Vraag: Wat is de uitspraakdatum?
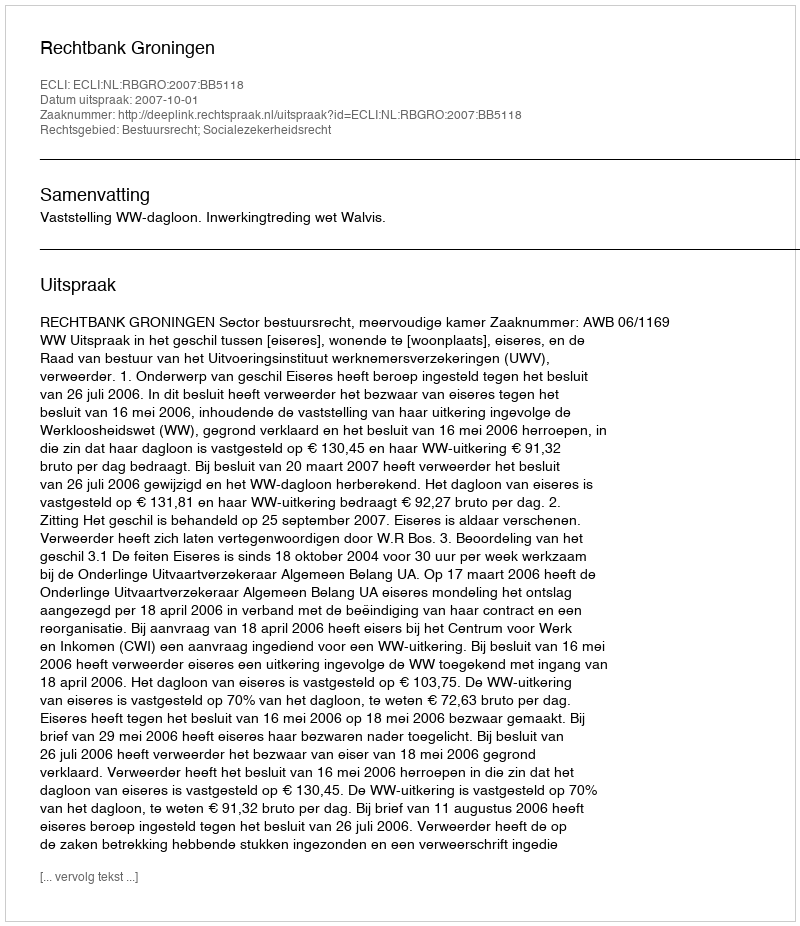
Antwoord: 2007-10-01